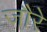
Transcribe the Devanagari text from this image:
जौरे